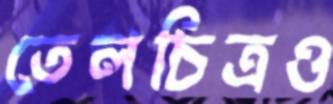
তেলচিত্রও